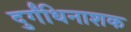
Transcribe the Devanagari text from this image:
दुर्गंधिनाशक